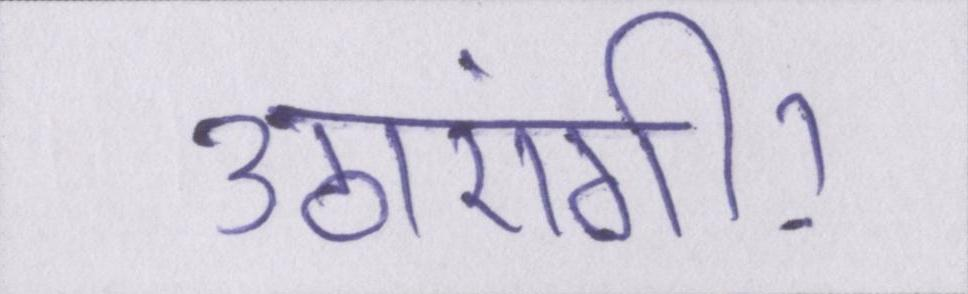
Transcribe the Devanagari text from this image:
उठाएंगी।